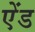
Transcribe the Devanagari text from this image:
एेंड